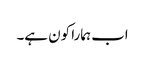
اب ہمارا کون ہے۔